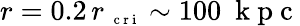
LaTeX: r=0.2\, r_{\mathrm{~\scriptsize~c~r~i~}}\sim 100~\mathrm{~k~p~c~}